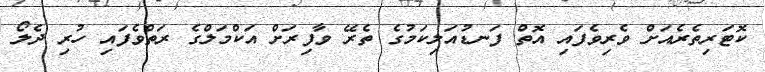
ކޮޓަރިތެރެއަށް ވެރިވެފައި އޮތް ފަނޑުއަލިކަމުގެ ތެރޭ ވާފިރަށް އަކްމަލްގެ ރަތްވެފައި ހުރި ދެލޯ